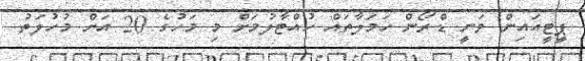
ޕީޓީއައިން ވަނީ ޑްރޯން ހަމަލާތައް ހުއްޓާލުމަށް މި މަހުގެ 20 އަށް މުހުލަތު